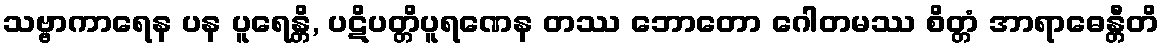
သဗ္ဗာကာရေန ပန ပူရေန္တိ, ပဋိပတ္တိပူရဏေန တဿ ဘောတော ဂေါတမဿ စိတ္တံ အာရာဓေန္တီတိ